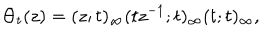
LaTeX: \Theta _ { t } ( z ) = ( z ; t ) _ { \infty } ( t z ^ { - 1 } ; t ) _ { \infty } ( t ; t ) _ { \infty } ,